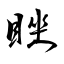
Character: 睉